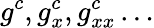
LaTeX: {{g}^{c}},g_{x}^{c},g_{xx}^{c}\ldots